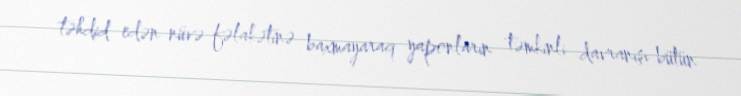
təhdid edən nüvə fəlakətinə baxmayaraq yaponların təmkinli davranışı bütün